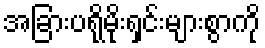
အခြားပရိုမိုးရှင်းများစွာကို